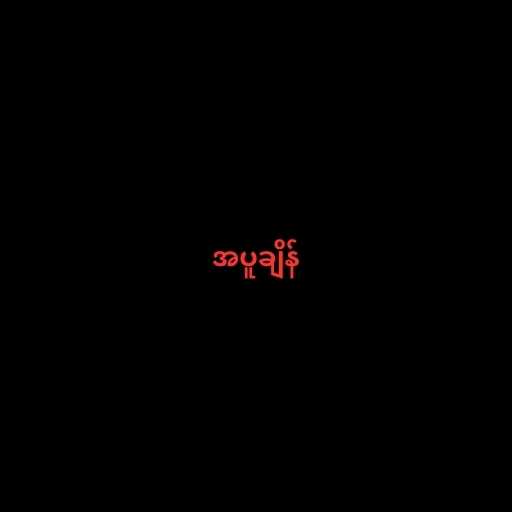
အပူချိန်